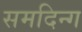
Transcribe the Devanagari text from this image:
समदिन्ग